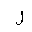
Letter: _lam